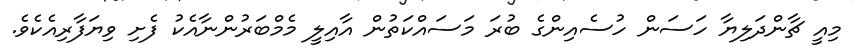
މިއީ ޗާންދަލިޔާ ހަސަން ހުސެއިންގެ ބުރަ މަސައްކަތުން އާއިލީ މެމްބަރުންނާއެކު ފެށި ވިޔަފާރިއެކެވެ.